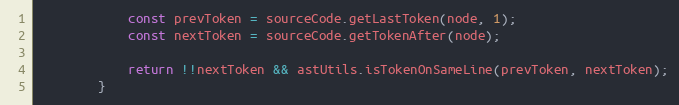
Language: JavaScript
            const prevToken = sourceCode.getLastToken(node, 1);
            const nextToken = sourceCode.getTokenAfter(node);

            return !!nextToken && astUtils.isTokenOnSameLine(prevToken, nextToken);
        }